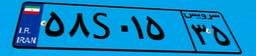
۴۰S۰۰۷۷۲